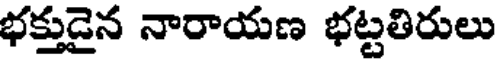
భక్తుడైన నారాయణ భట్టతిరులు